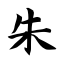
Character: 朱